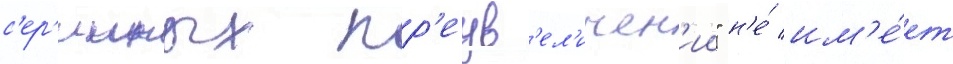
с'ер'ииных пр'еув'ел'ичен'ии" н'е́ им'е́ет